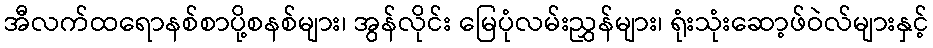
အီလက်ထရောနစ်စာပို့စနစ်များ၊ အွန်လိုင်း မြေပုံလမ်းညွှန်များ၊ ရုံးသုံးဆော့ဖ်ဝဲလ်များနှင့်